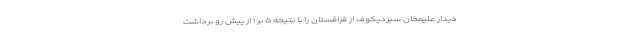
دیدار علیمخان سیزدیکوف از قزاقستان را با نتیجه ۵ بر ۱ از پیش رو برداشت